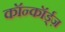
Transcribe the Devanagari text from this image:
कॉन्कॉर्ड्ज़